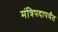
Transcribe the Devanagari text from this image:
मंत्रिपदापर्यंत